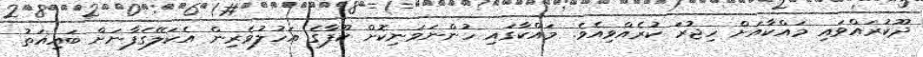
ދޫކުރައްވައި މައްކާއަށް ހިޖުރަ ކުރެއްވިއެވެ. މައްކާގައި ހުންނަވަނިކޮށް ކޫފާގެ އަހުލުވެރިން އެކަލޭގެފާނަށް ބައިއަތު